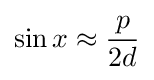
\sin x\approx {\frac {p}{2d}}